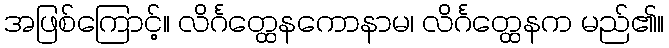
အဖြစ်ကြောင့်။ လိင်္ဂတ္ထေနကောနာမ၊ လိင်္ဂတ္ထေနက မည်၏။